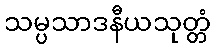
သမ္ပသာဒနီယသုတ္တံ